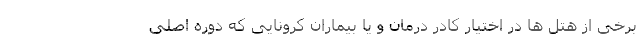
برخی از هتل ها در اختیار کادر درمان و یا بیماران کرونایی که دوره اصلی